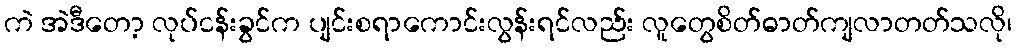
ကဲ အဲဒီတော့ လုပ်ငန်းခွင်က ပျင်းစရာကောင်းလွန်းရင်လည်း လူတွေစိတ်ဓာတ်ကျလာတတ်သလို၊